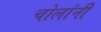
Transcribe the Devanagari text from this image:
चोलांनी